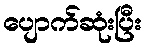
ပျောက်ဆုံးပြီး